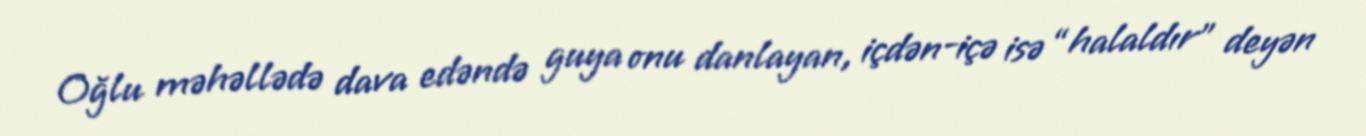
Oğlu məhəllədə dava edəndə guya onu danlayan, içdən-içə isə “halaldır” deyən